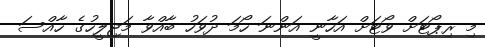
މި ރިޕޯޓަށް ވޯޓަށް އަހާނީ އަންނަ ހޯމަ ދުވަހު ބާއްވާ މަޖިލީހުގެ ހާއްސަ